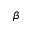
\beta